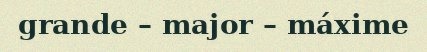
grande – major – máxime